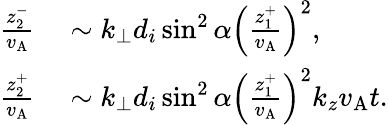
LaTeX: \begin{array}{rl}{\frac{z_{2}^{-}}{v_{\mathrm{A}}}}&{{}\sim k_{\perp}d_{i}\sin^{2}\alpha\left(\frac{z_{1}^{+}}{v_{\mathrm{A}}}\right)^{2},}\\ {\frac{z_{2}^{+}}{v_{\mathrm{A}}}}&{{}\sim k_{\perp}d_{i}\sin^{2}\alpha\left(\frac{z_{1}^{+}}{v_{\mathrm{A}}}\right)^{2}k_{z}v_{\mathrm{A}}t.}\end{array}